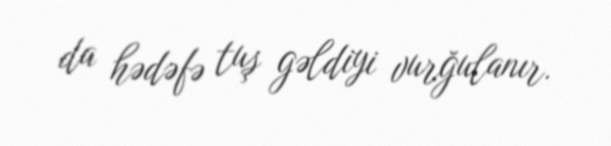
da hədəfə tuş gəldiyi vurğulanır.